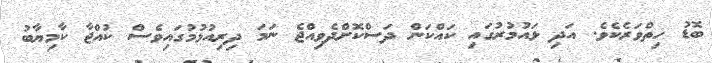
ބޮޑު ހިތްވަރެކެވެ. އަދި ޅައުމުރުގައި ކައްކަން ދަސްކޮށްދެވިއްޖެ ނަމަ ދިރިއުޅުމުގައިވެސް ކުއްޖާ ކާމިޔާބު